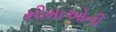
સીમાઓની